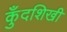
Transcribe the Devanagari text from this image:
कुँदशिखी